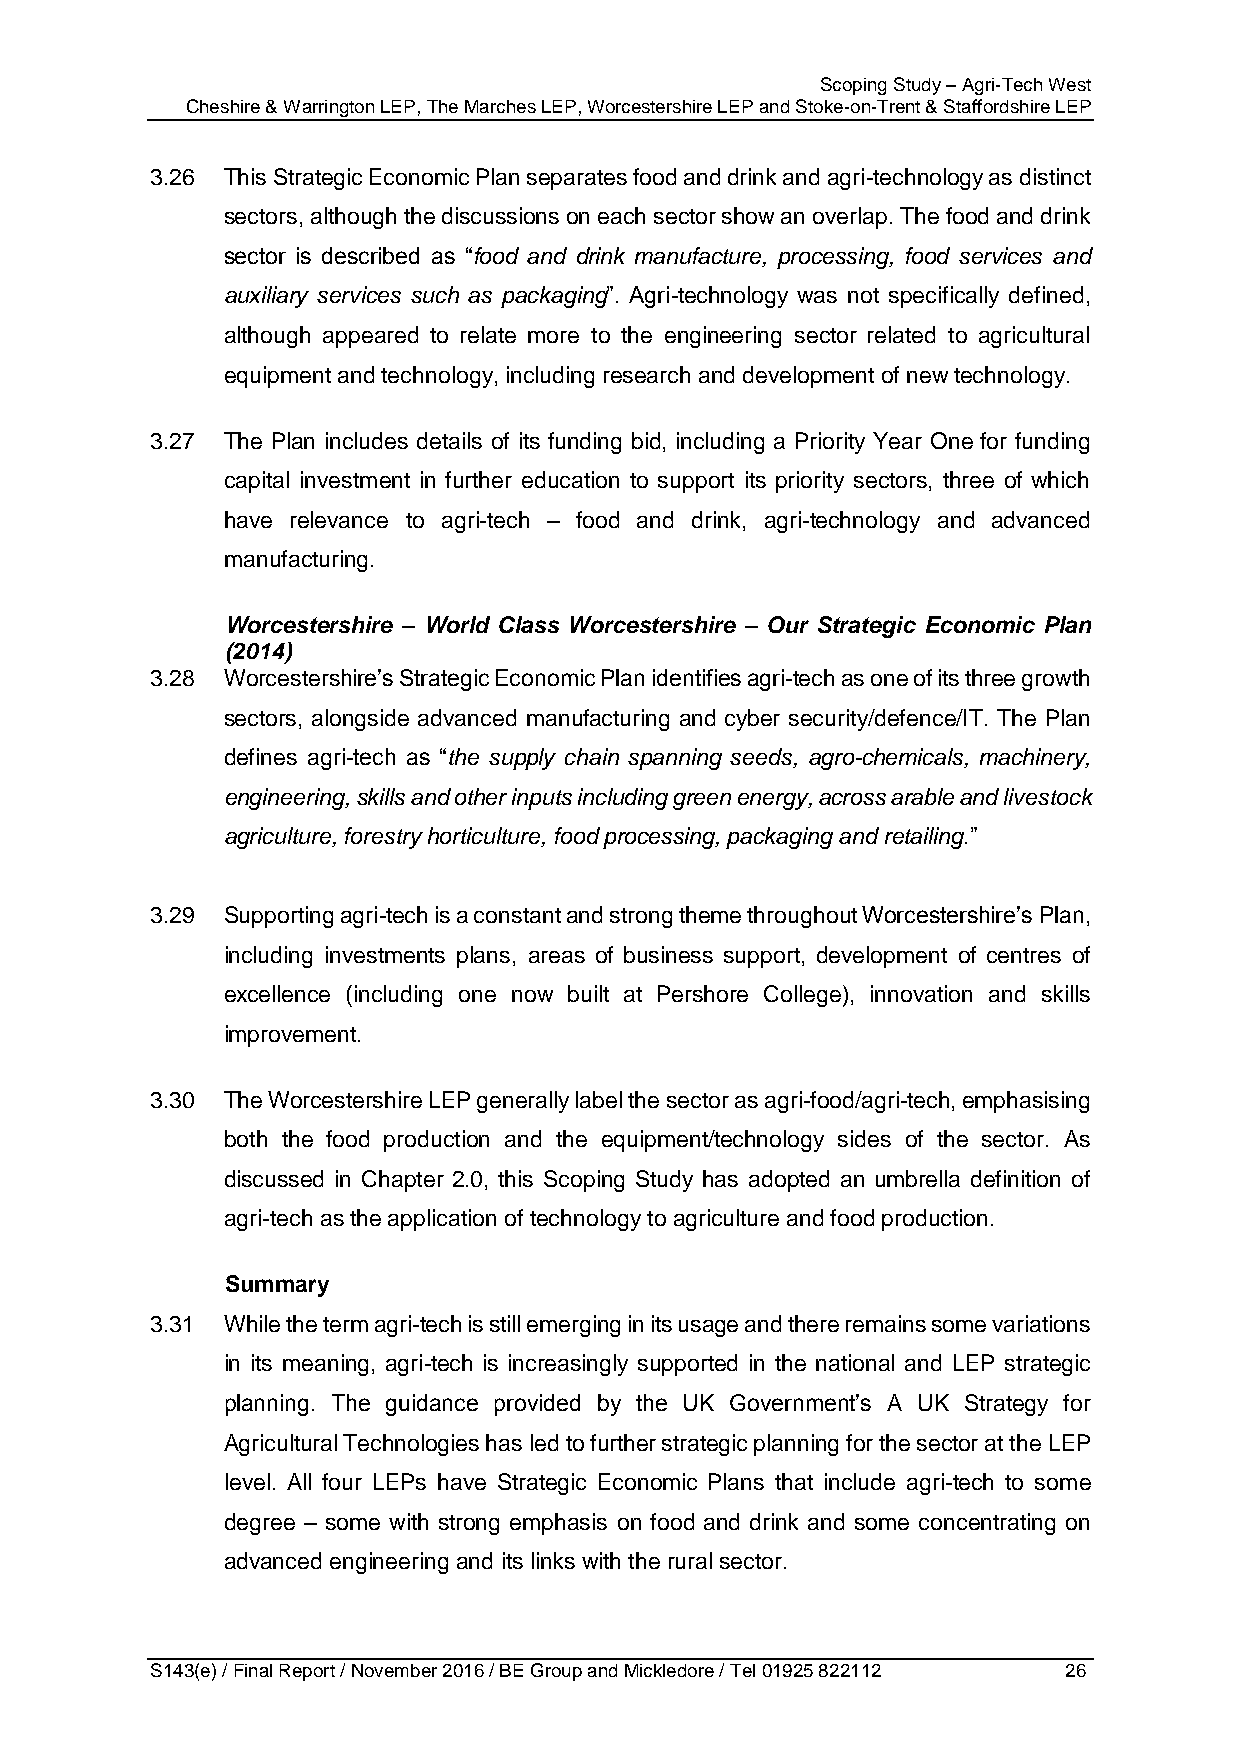
Scoping Study – Agri-Tech West
 Cheshire & Warrington LEP, The Marches LEP, Worcestershire LEP and Stoke-on-Trent & Staffordshire LEP
 3.26 This Strategic Economic Plan separates food and drink and agri-technology as distinct
 sectors, although the discussions on each sector show an overlap. The food and drink
 sector is described as “food and drink manufacture, processing, food services and
 auxiliary services such as packaging”. Agri-technology was not specifically defined,
 although appeared to relate more to the engineering sector related to agricultural
 equipment and technology, including research and development of new technology.
 3.27 The Plan includes details of its funding bid, including a Priority Year One for funding
 capital investment in further education to support its priority sectors, three of which
 have relevance to agri-tech – food and drink, agri-technology and advanced
 manufacturing.
 Worcestershire – World Class Worcestershire – Our Strategic Economic Plan
 (2014)
 3.28 Worcestershire’s Strategic Economic Plan identifies agri-tech as one of its three growth
 sectors, alongside advanced manufacturing and cyber security/defence/IT. The Plan
 defines agri-tech as “the supply chain spanning seeds, agro-chemicals, machinery,
 engineering, skills and other inputs including green energy, across arable and livestock
 agriculture, forestry horticulture, food processing, packaging and retailing.”
 3.29 Supporting agri-tech is a constant and strong theme throughout Worcestershire’s Plan,
 including investments plans, areas of business support, development of centres of
 excellence (including one now built at Pershore College), innovation and skills
 improvement.
 3.30 The Worcestershire LEP generally label the sector as agri-food/agri-tech, emphasising
 both the food production and the equipment/technology sides of the sector. As
 discussed in Chapter 2.0, this Scoping Study has adopted an umbrella definition of
 agri-tech as the application of technology to agriculture and food production.
 Summary
 3.31 While the term agri-tech is still emerging in its usage and there remains some variations
 in its meaning, agri-tech is increasingly supported in the national and LEP strategic
 planning. The guidance provided by the UK Government’s A UK Strategy for
 Agricultural Technologies has led to further strategic planning for the sector at the LEP
 level. All four LEPs have Strategic Economic Plans that include agri-tech to some
 degree – some with strong emphasis on food and drink and some concentrating on
 advanced engineering and its links with the rural sector.
 S143(e) / Final Report / November 2016 / BE Group and Mickledore / Tel 01925 822112 26